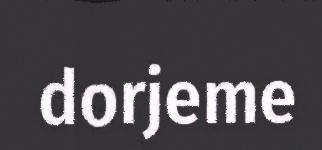
dorjeme